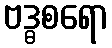
ဗဒ္ဓစရော